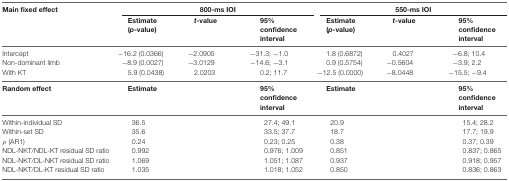
| Main fixed effect | <COLSPAN=3> 800-ms IOI | <COLSPAN=3> 550-ms IOI |
 |  | Estimate (p-value) | t-value | 95% confidence interval | Estimate (p-value) | t-value | 95% confidence interval |
 | --- | --- | --- | --- | --- | --- | --- |
 | Intercept | −16.2 (0.0366) | −2.0905 | −31.3; −1.0 | 1.8 (0.6872) | 0.4027 | −6.8; 10.4 |
 | Non-dominant limb | −8.9 (0.0027) | −3.0129 | −14.6; −3.1 | 0.9 (0.5754) | −0.5604 | −3.9; 2.2 |
 | With KT | 5.9 (0.0438) | 2.0203 | 0.2; 11.7 | −12.5 (0.0000) | −8.0448 | −15.5; −9.4 |
 | Random effect | Estimate |  | 95% confidence interval | Estimate |  | 95% confidence interval |
 | Within-individual SD | 36.5 |  | 27.4; 49.1 | 20.9 |  | 15.4; 28.2 |
 | Within-set SD | 35.6 |  | 33.5; 37.7 | 18.7 |  | 17.7; 19.9 |
 | ρ (AR1) | 0.24 |  | 0.23; 0.25 | 0.38 |  | 0.37; 0.39 |
 | NDL-NKT/NDL-KT residual SD ratio | 0.992 |  | 0.976; 1.009 | 0.851 |  | 0.837; 0.865 |
 | NDL-NKT/DL-NKT residual SD ratio | 1.069 |  | 1.051; 1.087 | 0.937 |  | 0.918; 0.957 |
 | NDL-NKT/DL-KT residual SD ratio | 1.035 |  | 1.018; 1.052 | 0.850 |  | 0.836; 0.863 |